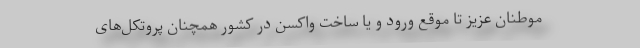
موطنان عزیز تا موقع ورود و یا ساخت واکسن در کشور همچنان پروتکل‌های